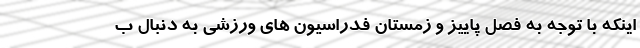
اینکه با توجه به فصل پاییز و زمستان فدراسیون های ورزشی به دنبال ب